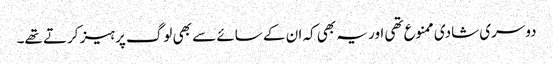
دوسری شادی ممنوع تھی اور یہ بھی کہ ان کے سائے سے بھی لوگ پرہیز کرتے تھے۔